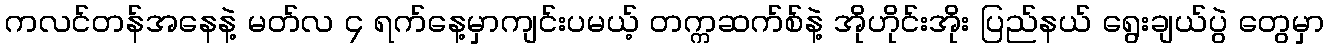
ကလင်တန်အနေနဲ့ မတ်လ ၄ ရက်နေ့မှာကျင်းပမယ့် တက္ကဆက်စ်နဲ့ အိုဟိုင်းအိုး ပြည်နယ် ရွေးချယ်ပွဲ တွေမှာ